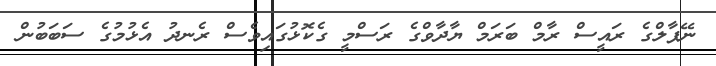
ނޭޕާލްގެ ރައީސް ރާމް ބަރަމް ޔާދާވްގެ ރަސްމީ ގެކޮޅުގައިވެސް ރެނދު އެޅުމުގެ ސަބަބުން